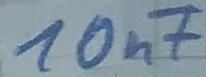
Text: 10µF